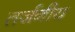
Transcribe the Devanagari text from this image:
तर्जनीय